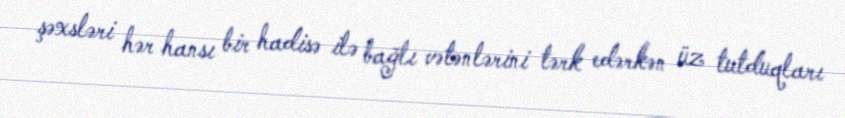
şəxsləri hər hansı bir hadisə ilə bağlı vətənlərini tərk edərkən üz tutduqları